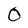
Character: 0